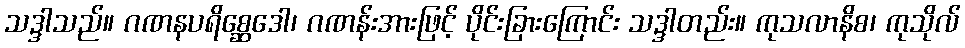
သဒ္ဒါသည်။ ဂဏနပရိစ္ဆေဒေါ၊ ဂဏန်းအားဖြင့် ပိုင်းခြားကြောင်း သဒ္ဒါတည်း။ ကုသလာနိစ၊ ကုသိုလ်